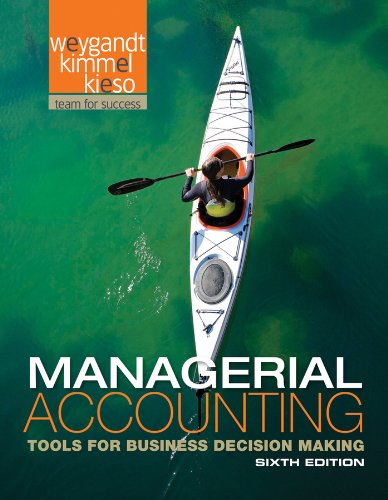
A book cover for Managerial Accounting: Tools for Business Decision Making; Jerry J. Weygandt; Business & Money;